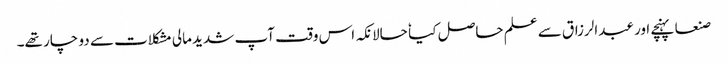
صنعا پہنچے اور عبدالرزاق سے علم حاصل کیا ٗ حالانکہ اس وقت آپ شدید مالی مشکلات سے دو چار تھے۔